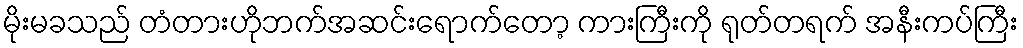
မိုးမခသည် တံတားဟိုဘက်အဆင်းရောက်တော့ ကားကြီးကို ရုတ်တရက် အနီးကပ်ကြီး